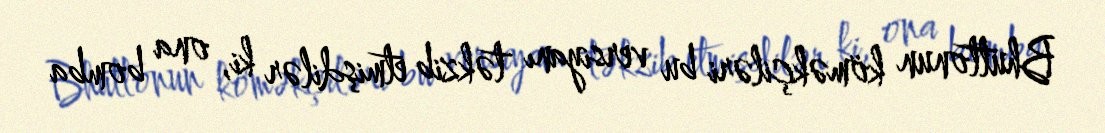
Bhuttonun köməkçiləri bu versiyanı təkzib etmişdilər ki, ona bomba